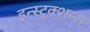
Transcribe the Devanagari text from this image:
इन्स्ट्रक्शन्स